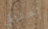
إحترق